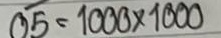
05 = 1000 x 1000